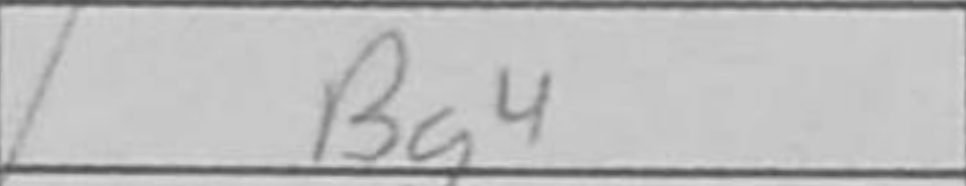
Transcription: Bg4